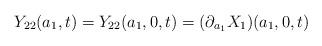
LaTeX: \begin{align*}Y_{22}(a_1,t) = Y_{22}(a_1,0,t) = (\partial_{a_1} X_1)(a_1,0,t)\end{align*}